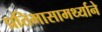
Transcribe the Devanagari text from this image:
प्रतिभासामर्थ्याने